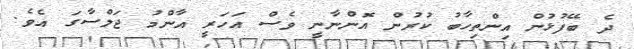
ދެ ބޭފުޅުން އިންތިހާބު ކުރުން އޮންނާނީ ވެސް އަހަރީ އާންމު ޖަލްސާގަ އެވެ.